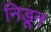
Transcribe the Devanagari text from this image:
निडून